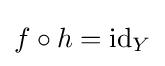
f\circ h=\operatorname {id} _{Y}